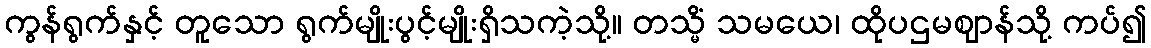
ကွန်ရွက်နှင့် တူသော ရွက်မျိုးပွင့်မျိုးရှိသကဲ့သို့။ တသ္မိံ သမယေ၊ ထိုပဌမဈာန်သို့ ကပ်၍